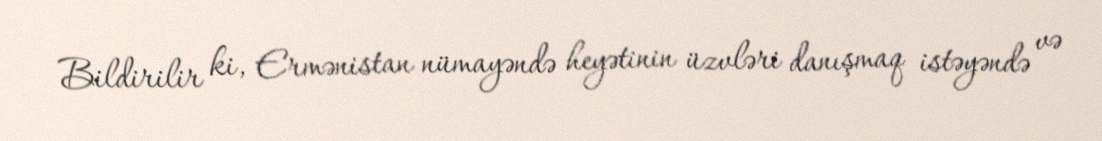
Bildirilir ki, Ermənistan nümayəndə heyətinin üzvləri danışmaq istəyəndə və